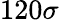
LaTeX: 120\sigma